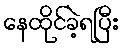
နေထိုင်ခဲ့ရပြီး